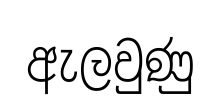
ඇලවුණු